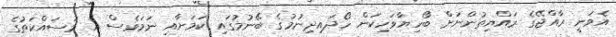
އެވަނީ ރާއްޖޭގެ ރައްޔިތުންނަށް ބޯހިޔާވަހިކަން ހޯދައިދިނުމުގެ ބޭނުމުގައި ކަމަށާއި ނަމަވެސް އެ މަސައްކަތުގެ